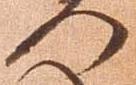
門